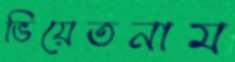
ভিয়েতনাম